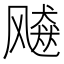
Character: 𱃠